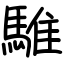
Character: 騅